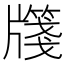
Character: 𭷎